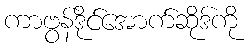
ကာဗွန်ဒိုင်အောက်ဆိုဒ်ကို